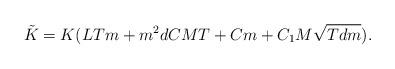
LaTeX: \begin{align*}\tilde{K} = K(LTm + m^2 d C M T +C m + C_1 M \sqrt{T dm}).\end{align*}